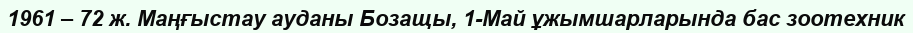
1961 – 72 ж. Маңғыстау ауданы Бозащы, 1-Май ұжымшарларында бас зоотехник